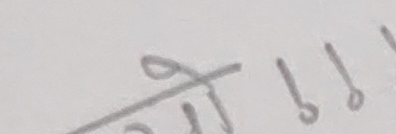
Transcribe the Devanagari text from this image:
गे१११